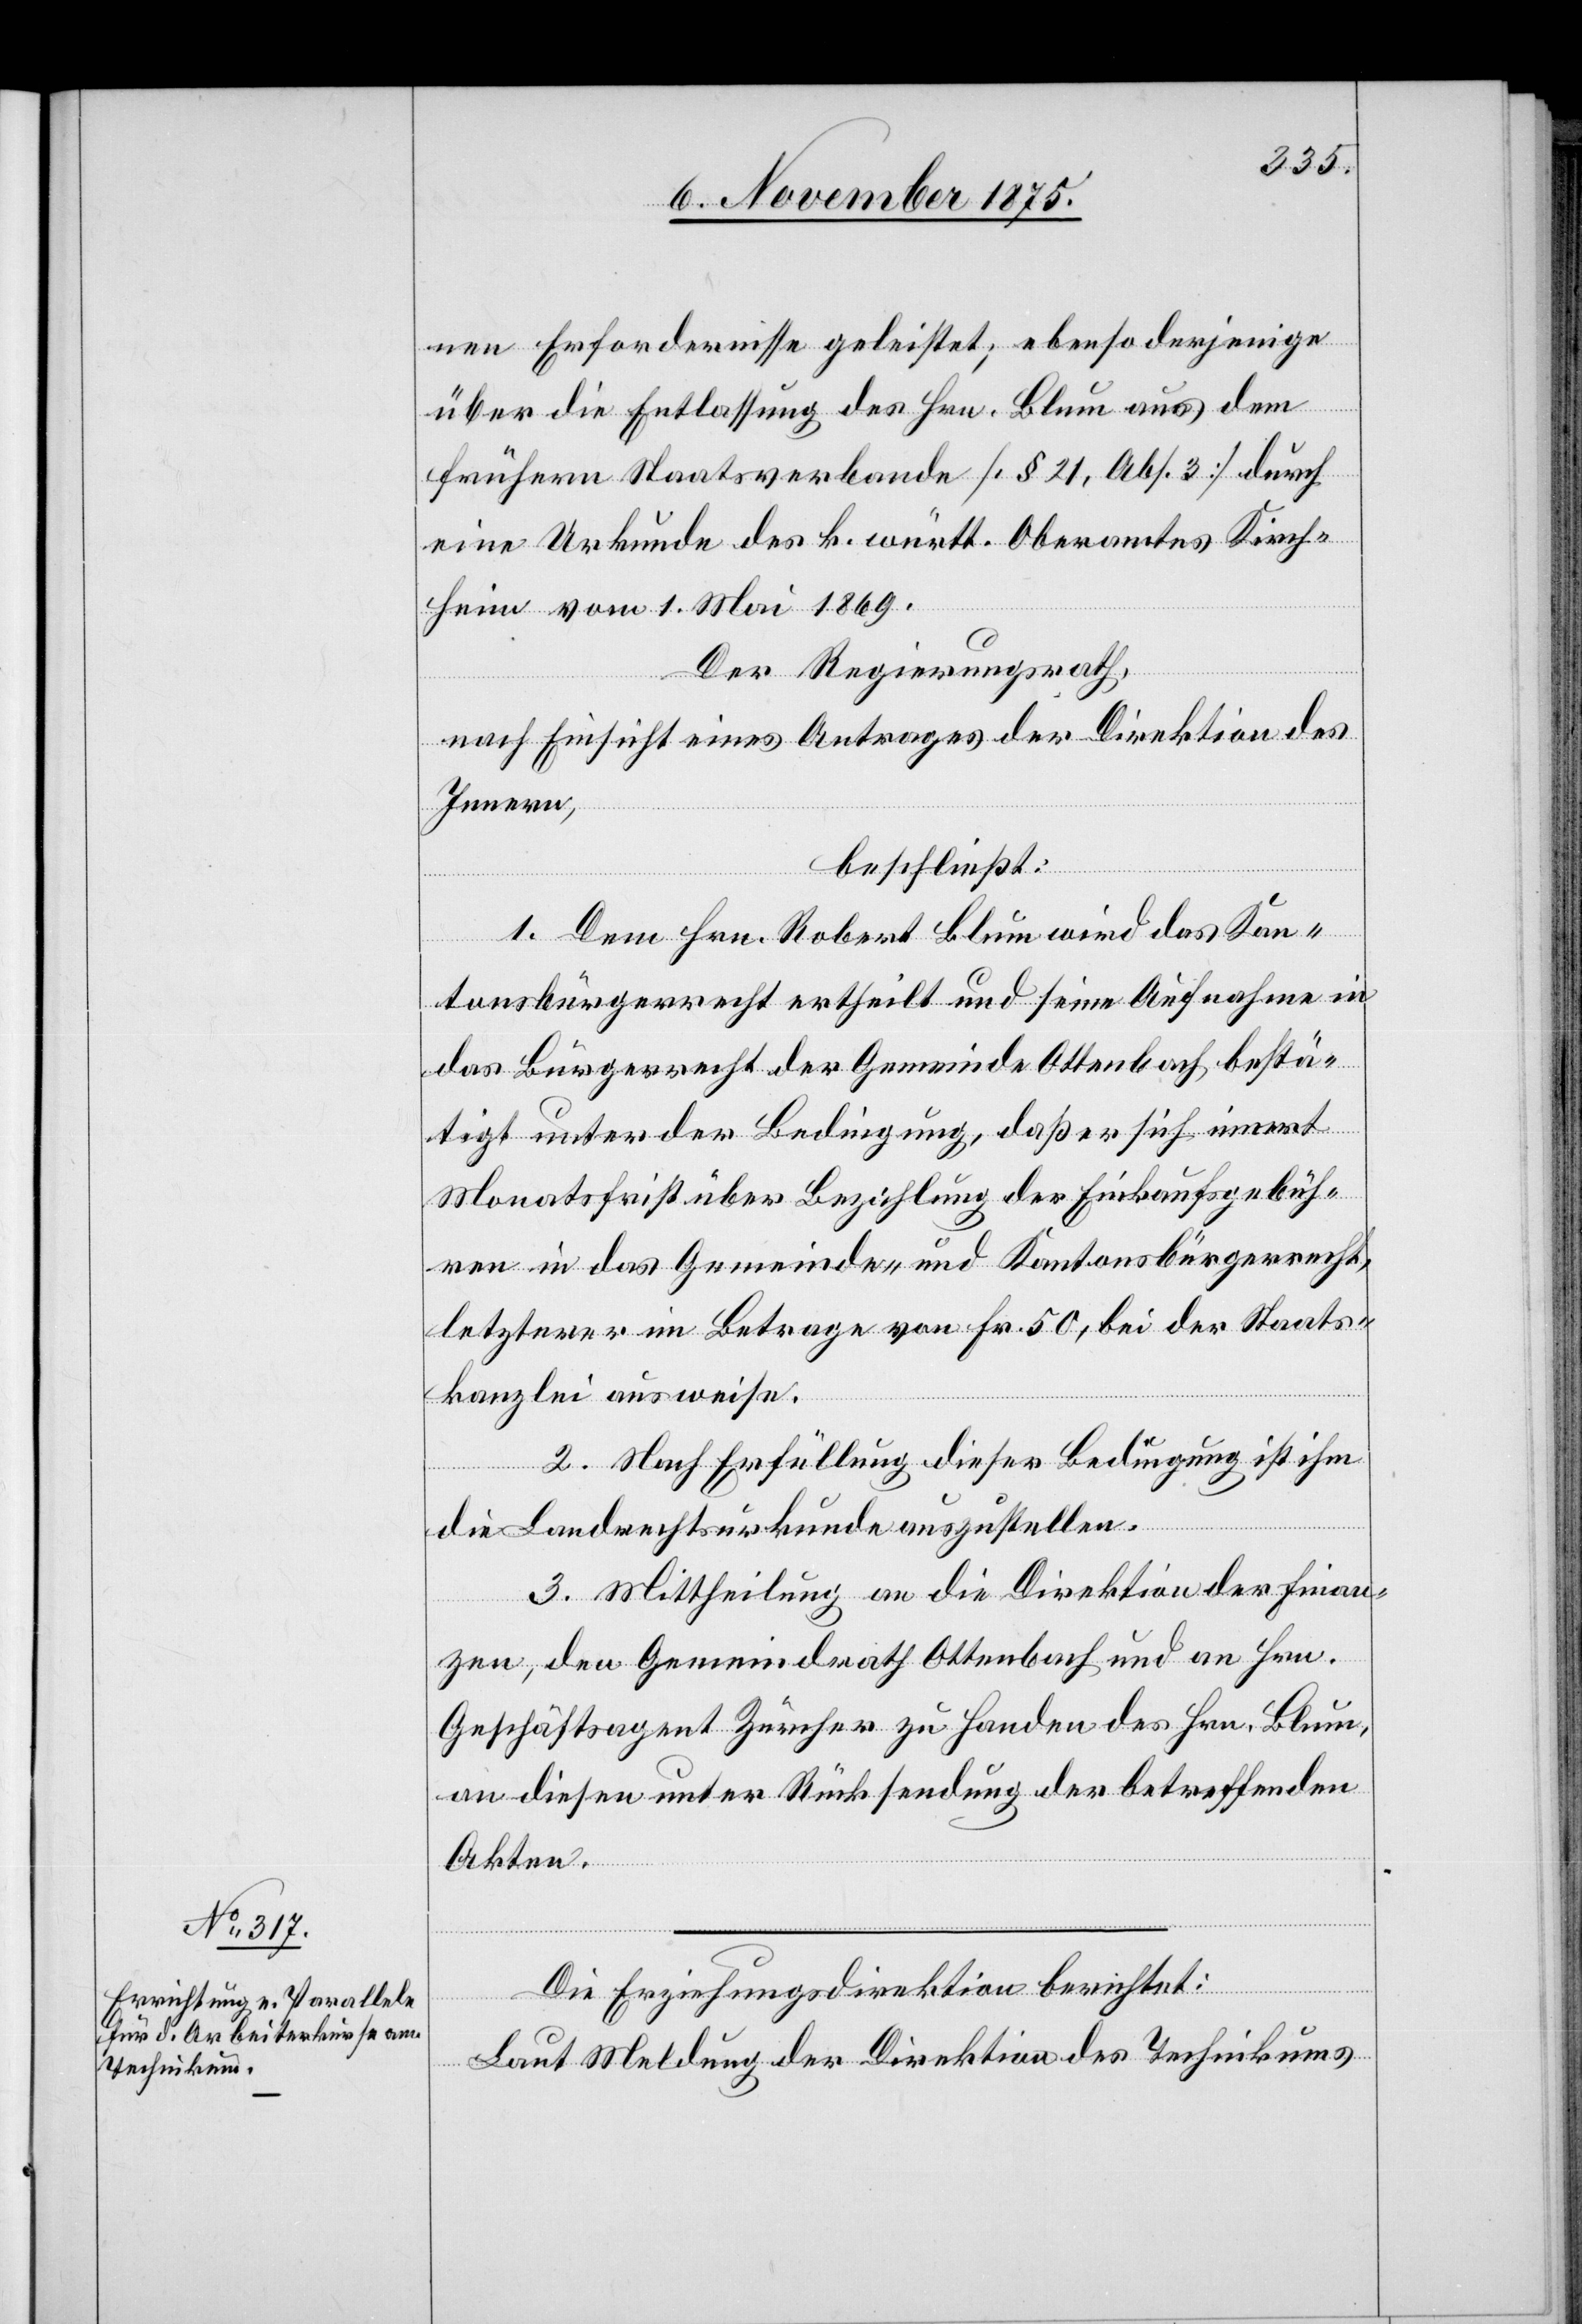
nen Erfordernisse geleistet; ebenso derjenige
über die Entlassung des Hrn. Blum aus dem
frühern Staatsverbande [§ 21, Abs. 3] durch
eine Urkunde des k. württ. Oberamtes Kirch¬
heim vom 1. Mai 1869.
Der Regierungsrath,
nach Einsicht eines Antrages der Direktion des
Innern,
beschließt:
1. Dem Hrn. Robert Blum wird das Kan¬
tonsbürgerrecht ertheilt und seine Aufnahme in
das Bürgerrecht der Gemeinde Ottenbach bestä¬
tigt unter der Bedingung, daß er sich innert
Monatsfrist über Bezahlung der Einkaufsgebüh¬
ren in das Gemeinde- und Kantonsbürgerrecht,
letzterer im Betrage von Fr. 50, bei der Staats¬
kanzlei ausweise.
2. Nach Erfüllung dieser Bedingung ist ihm
die Landrechtsurkunde auszustellen.
3. Mittheilung an die Direktion der Finan¬
zen, den Gemeindrath Ottenbach und an Hrn.
Geschäftsagent Zürcher zu Handen des Hrn. Blum,
an diesen unter Rücksendung der betreffenden
Akten.
Die Erziehungsdirektion berichtet:
Laut Meldung der Direktion des Technikums